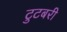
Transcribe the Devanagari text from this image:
टुटबरी